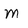
Character: M